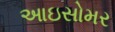
આઇસોમર